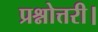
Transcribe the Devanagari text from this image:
प्रश्नोत्तरी।